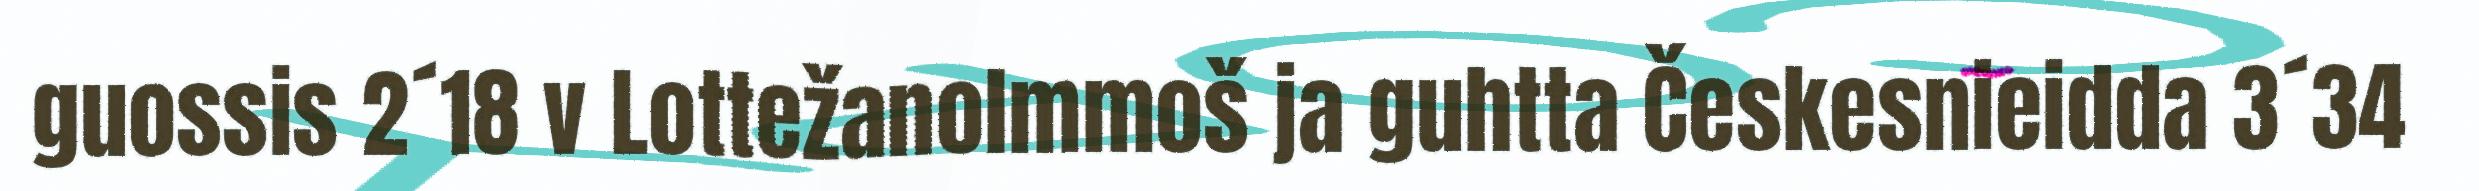
guossis 2´18 v Lottežanolmmoš ja guhtta Českesnieidda 3´34